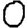
Digit: 0